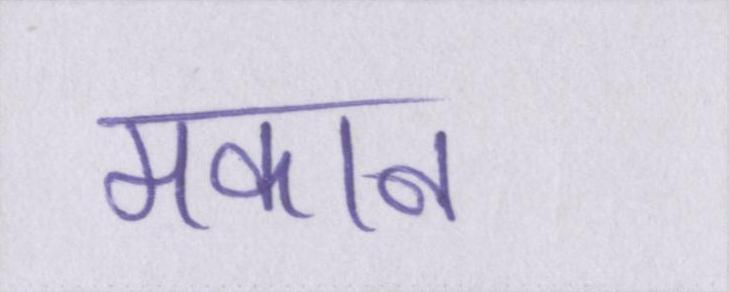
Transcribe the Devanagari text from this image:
मकान